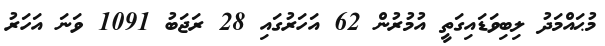
މުޙައްމަދު ލިބިވަޑައިގަތީ އުމުރުން 62 އަހަރުގައި 28 ރަޖަބު 1091 ވަނަ އަހަރު